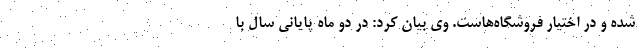
شده و در اختیار فروشگاه‌هاست. وی بیان کرد: در دو ماه پایانی سال با